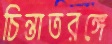
চিন্তাতরঙ্গে